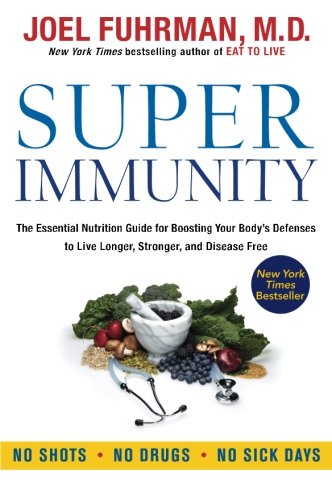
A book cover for Super Immunity: The Essential Nutrition Guide for Boosting Your Body's Defenses to Live Longer, Stronger, and Disease Free; Joel Fuhrman; Health, Fitness & Dieting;